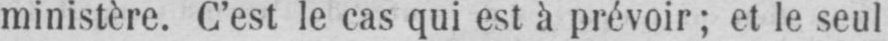
ministère. C’est le cas qui est à prévoir; et le seul